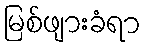
မြစ်ဖျားခံရာ